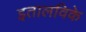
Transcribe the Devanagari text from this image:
इतालविके